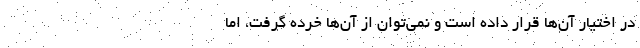
در اختیار آن‌ها قرار داده است و نمی‌توان از آن‌ها خرده گرفت، اما